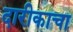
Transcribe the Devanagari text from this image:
दारीकाचा